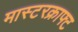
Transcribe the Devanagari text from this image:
मास्टरक्राफ्ट